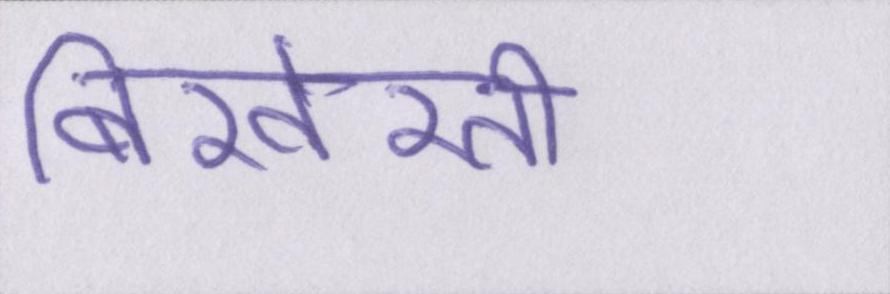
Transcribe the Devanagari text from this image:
बिखेरती